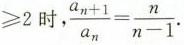
≥ 2$$时， $$\frac { a _ { n + 1 } } { a _ { n } } = \frac { n } { n - 1 }$$.